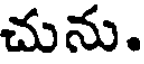
చును.